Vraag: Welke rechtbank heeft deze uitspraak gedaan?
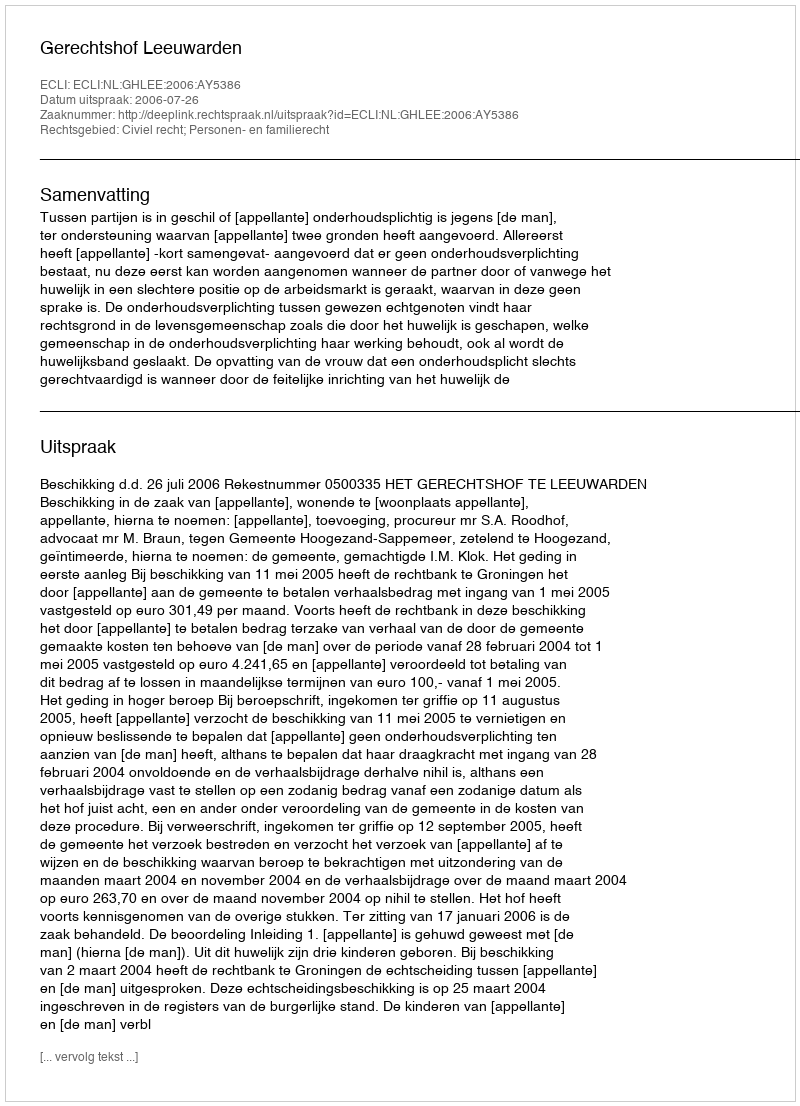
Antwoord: Gerechtshof Leeuwarden